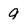
Character: 9